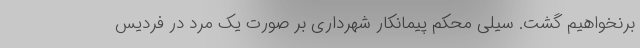
برنخواهیم گشت. سیلی محکم پیمانکار شهرداری بر صورت یک مرد در فردیس